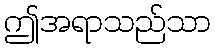
ဤအရာသည်သာ